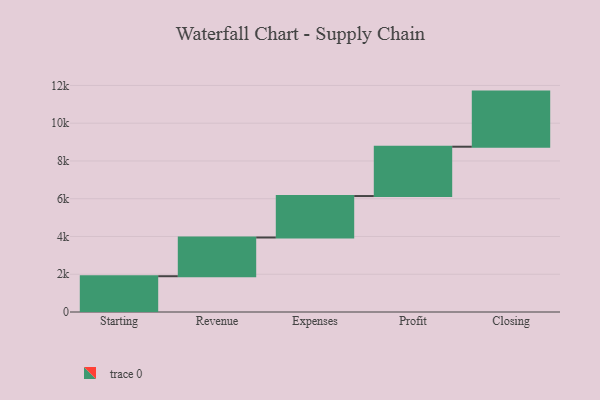
{"axis": {"x": "Step", "y": "Value"}, "legend": [""], "data": [{"x": "Starting", "y": 1895.0, "type": ""}, {"x": "Revenue", "y": 2051.0, "type": ""}, {"x": "Expenses", "y": 2196.0, "type": ""}, {"x": "Profit", "y": 2613.0, "type": ""}, {"x": "Closing", "y": 2919.0, "type": ""}]}